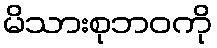
မိသားစုဘဝကို